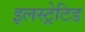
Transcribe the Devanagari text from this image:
इलस्ट्रेटिड